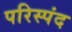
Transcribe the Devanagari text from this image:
परिस्पंद